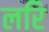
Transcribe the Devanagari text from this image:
लरि